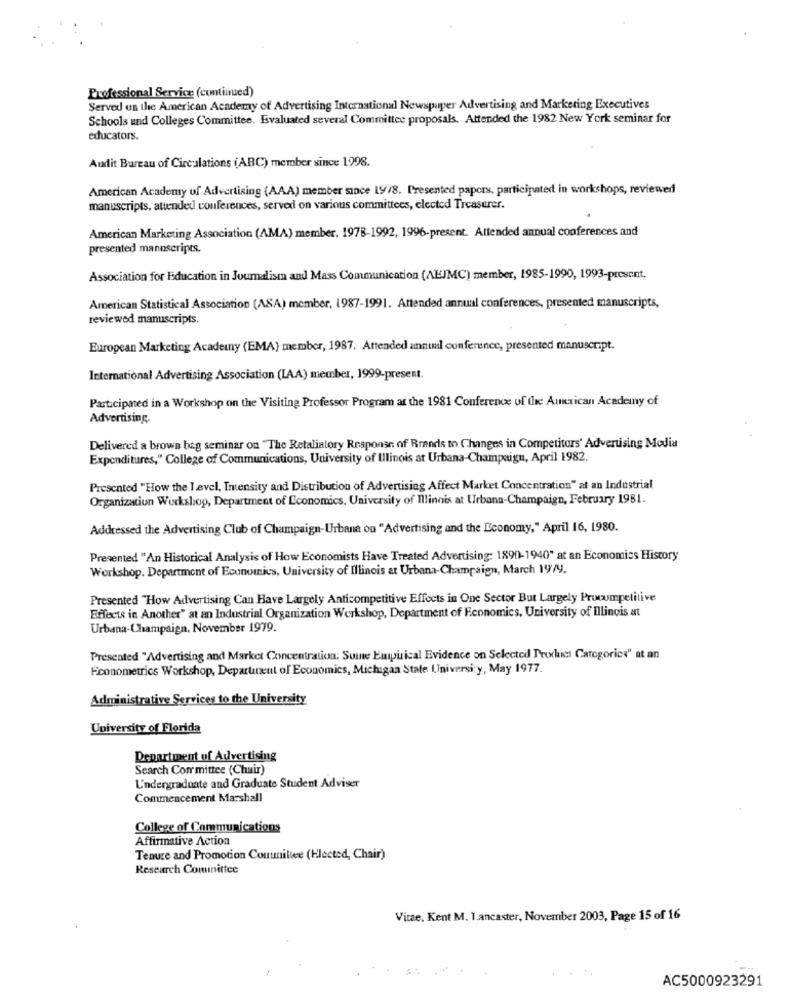
Professional Service (continued)
Served on the American Academy of Advertising International Newspaper Advertising and Marketing Executives
Schools and Colleges Committee. Evaluated several Committee proposals. Attended the 1982 New York seminar for
educators.
Audit Bureau of Circulations (ABC) member since 1998.
American Academy of Advertising (AAA) member since 19/8. Presented papers, participated in workshops, reviewed
manuscripts, attended conferences, served on various committees, elected Treasurer.
American Marketing Association (AMA) member, 1978-1992, 1996-present. Attended annual conferences and
presented mannscripts.
Association for Education in Journalism and Mass Communication (ALIMC) member, 1985-1990, 1993-present.
American Statistical Association (ASA) member, 1987-1991. Attended annual conferences, presented manuscripts,
reviewed manuscripts.
European Marketing Academy (EMA) member, 1987. Attended annual conference, presented manuscript.
International Advertising Association (LA.A) member, 1999-present.
Participated in a Workshop on the Visiting Professor Program at the 1981 Conference of the Auxrican Academy of
Advertising.
Delivered a brown beg seminar on "The Retaliatory Response of Brands to Changes in Competitors' Advertising Modia
Expenditures," College of Communications, University of Illinois at Urbana-Champaign, April 1982.
Presented "How the Level, Intensity and Distribution of Advertising Affect Market Concentration" at an Industrial
Organization Workshop, Department of Economics, University of Illinois at Urbana-Champaign, February 1981.
Addressed the Advertising Club of Champaign-Urbane ou "Advertising and the Economy," April 16, 1980.
Presented "An Historical Analysis of How Economists Have Treated Advertising: 1890-1940" at an Economics History
Workshop. Department of Economics, University of Illinois at Urbana-Champaign, March 19/y.
Presented "How Advertising Can Have Largely Anticompetitive Effects in One Sector But Largely Procompetitive
Effects in Another" at an Industrial Organization Workshop, Department of Economics, University of Illinois at
Urbana-Champaign. November 1979.
Presented "Advertising and Market Concentration. Suite Empirical Evidence on Selected Prorkies Categories" at an
Econometrics Workshop, Department of Economics, Michigan State University, May 1977.
Administrative Services to the University
University of Florida
Department of Advertising
Search Committee (Chair)
L'ndergraduate and Graduate Student Adviser
Commencement Marshall
College of Communications
Affirmative Action
Tenure and Promotion Comumillee (Elected, Chair)
Research Comunittee
Vitae, Kent M. 1.ancaster, November 2003, Page 15 of 16
AC5000923291